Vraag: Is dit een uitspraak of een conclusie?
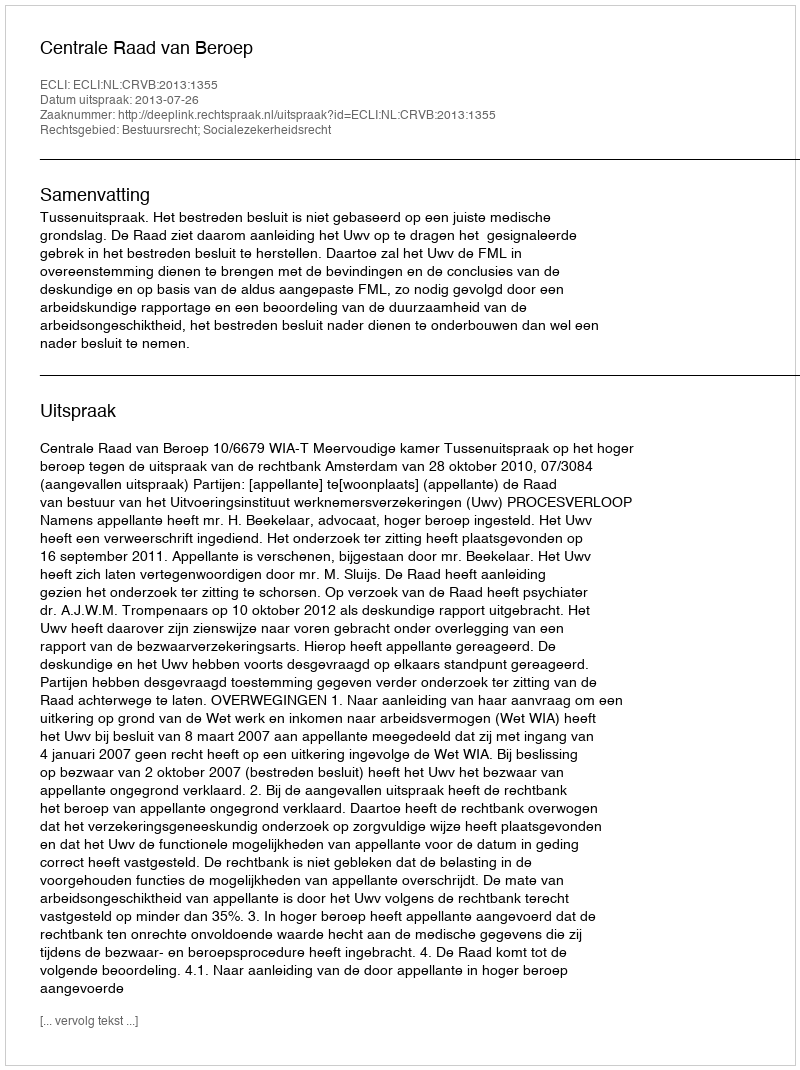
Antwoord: Uitspraak